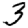
Digit: 3